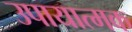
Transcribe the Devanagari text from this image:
उपायात्मक